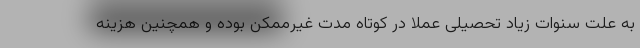
به علت سنوات زیاد تحصیلی عملا در کوتاه مدت غیرممکن بوده و همچنین هزینه